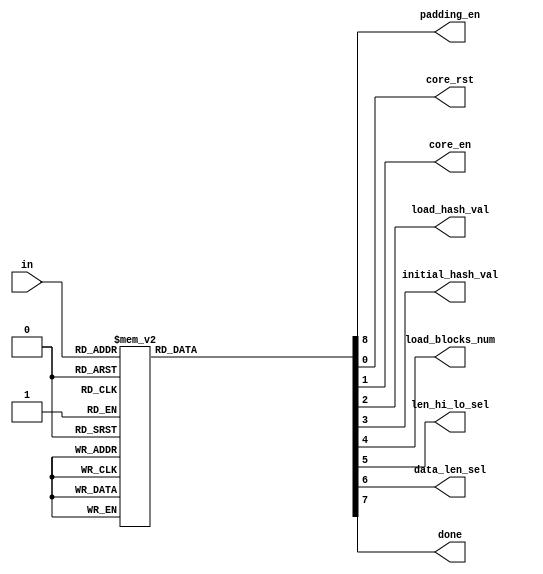
module Output (
    input wire [3:0] in,
    output reg padding_en, core_rst, core_en, load_hash_val, initial_hash_val, load_blocks_num, len_hi_lo_sel, data_len_sel, done
);
    always@ (in) begin
        padding_en      = 1'b0;
        core_rst        = 1'b0;
        core_en         = 1'b0;
        load_hash_val   = 1'b0;
        initial_hash_val= 1'b0;
        load_blocks_num = 1'b0;
        len_hi_lo_sel   = 1'b0;
        data_len_sel    = 1'b0;
        done            = 1'b0;

        case (in)
            4'd0: begin
                padding_en = 1'b1;
            end
            4'd1: begin
                padding_en = 1'b1;
            end
            4'd2: begin
                core_rst = 1'b1;
                load_blocks_num = 1'b1;
            end
            4'd3: begin
                len_hi_lo_sel = 1'b0;
                data_len_sel = 1'b1;
            end
            4'd4: begin
                len_hi_lo_sel = 1'b1;
                data_len_sel = 1'b1;
            end
            4'd5: begin
                initial_hash_val = 1'b1;
                load_hash_val = 1'b1;
            end
            4'd6: begin
                // pre-synthesis

                // post-synthesis
                // core_en = 1'b1;
            end
            4'd7: begin
                core_en = 1'b1; 
            end
            4'd8: begin
                load_hash_val = 1'b1;
            end
            4'd9: begin
                done = 1'b1;
            end
            default: begin
            end
        endcase
    end
endmodule